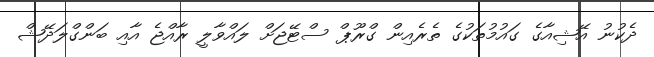
ދެކުނު އޭޝިއާގެ ގައުމުތަކުގެ ތެރެއިން ގްރޫޕް ސްޓޭޖަށް ލައްވާލީ ރާއްޖެ އާއި ބަންގްލަދޭޝް